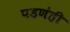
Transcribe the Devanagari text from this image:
पडणंही